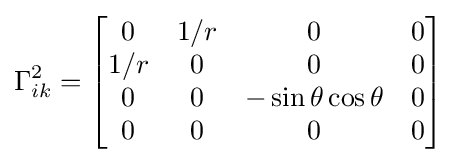
\Gamma _{ik}^{2}={\begin{bmatrix}0&1/r&0&0\\1/r&0&0&0\\0&0&-\sin \theta \cos \theta &0\\0&0&0&0\end{bmatrix}}